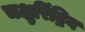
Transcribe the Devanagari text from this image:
चक्षुरिंद्रिय